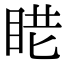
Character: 𥆈